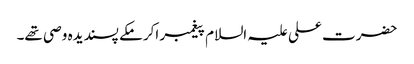
حضرت علی علیہ السلام پیغمبر اکرمکے پسندیدہ وصی تھے۔